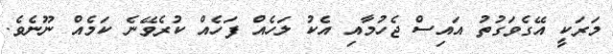
މަރަކީ އޭގެވަގުތު އައިސް ޖެހުމާއި އެކު ލަހެއް ފަހެއް ކުރެވޭނެ ކަމެއް ނޫނެވެ.